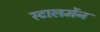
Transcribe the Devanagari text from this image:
स्टालमेंन